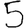
Digit: 5